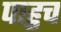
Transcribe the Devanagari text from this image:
पाहुच